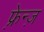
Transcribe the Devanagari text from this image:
फ़्रेन्ज़